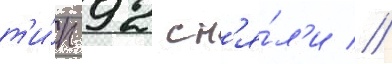
т'и́п 92 сн'я́л'и //